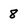
Character: 8